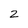
Character: 2